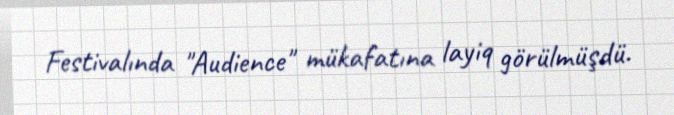
Festivalında "Audience" mükafatına layiq görülmüşdü.